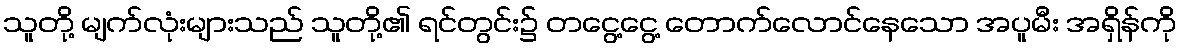
သူတို့ မျက်လုံးများသည် သူတို့၏ ရင်တွင်း၌ တငွေ့ငွေ့ တောက်လောင်နေသော အပူမီး အရှိန်ကို